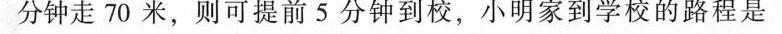
分钟走70米，则可提前5分钟到校，小明家到学校的路程是